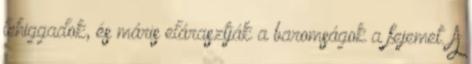
lehiggadok, és máris elárasztják a baromságok a fejemet. A